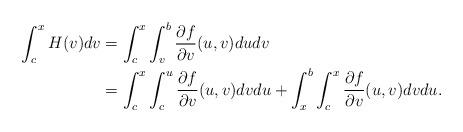
LaTeX: \begin{align*}\int_c^x H(v) dv &= \int_c^x \int_v^b \frac{\partial f}{\partial v} (u,v) du dv \\&= \int_c^x \int_c^u \frac{\partial f}{\partial v} (u,v) dv du + \int_x^b \int_c^x \frac{\partial f}{\partial v} (u,v) dv du. \end{align*}